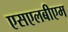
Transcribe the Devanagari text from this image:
एसएलबीएम